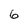
Character: 6